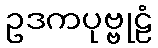
ဥဒကပုဗ္ဗုဠံ